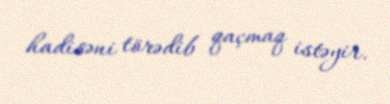
hadisəni törədib qaçmaq istəyir.